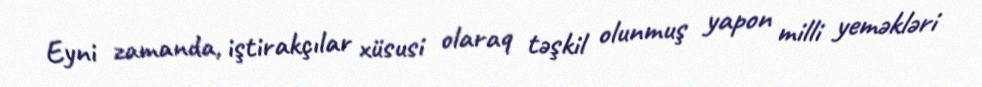
Eyni zamanda, iştirakçılar xüsusi olaraq təşkil olunmuş yapon milli yeməkləri